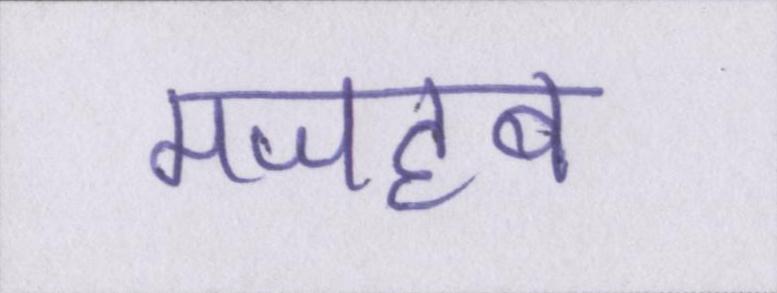
मजहब